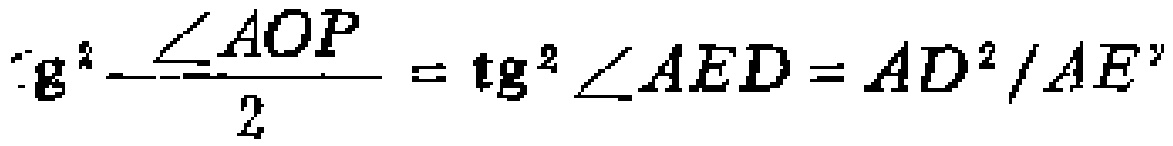
\(\text{tg}^{2}\frac{\angle AOP}{2}=\text{tg}^{2}\angle AED = AD^{2}/AE^{2}\)